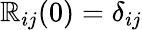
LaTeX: \mathbb{R}_{ij}(0)=\delta_{ij}